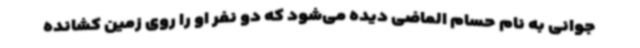
جوانی به نام حسام الماضی دیده می‌شود که دو نفر او را روی زمین کشانده